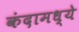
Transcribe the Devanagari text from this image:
कंदामध्ये